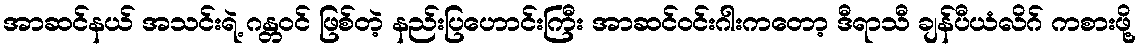
အာဆင်နယ် အသင်းရဲ့ ဂန္တဝင် ဖြစ်တဲ့ နည်းပြဟောင်းကြီး အာဆင်ဝင်းဂါးကတော့ ဒီရာသီ ချန်ပီယံလိဂ် ကစားဖို့